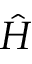
\hat { H }